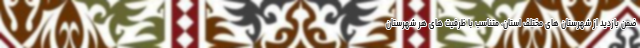
ضمن بازدید از شهرستان های مختلف استان، متناسب با ظرفیت های هر شهرستان